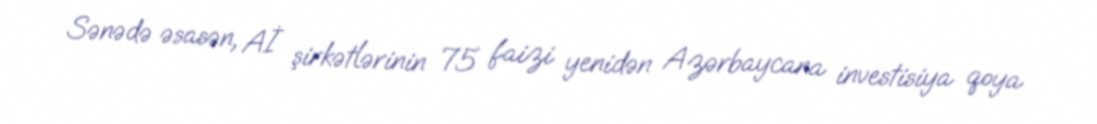
Sənədə əsasən, Aİ şirkətlərinin 75 faizi yenidən Azərbaycana investisiya qoya